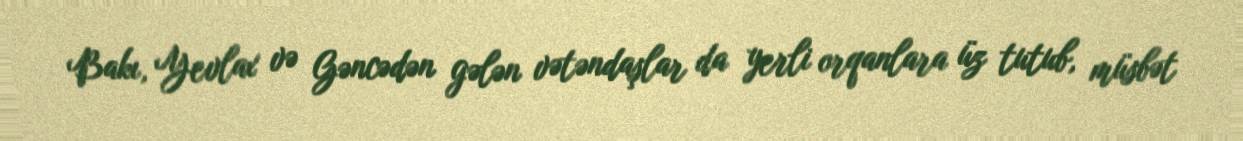
Bakı, Yevlax və Gəncədən gələn vətəndaşlar da yerli orqanlara üz tutub, müsbət